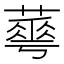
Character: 𦾓